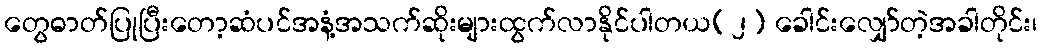
တွေဓာတ်ပြုပြီးတော့ဆံပင်အနံ့အသက်ဆိုးများထွက်လာနိုင်ပါတယ(၂) ခေါင်းလျှော်တဲ့အခါတိုင်း၊